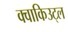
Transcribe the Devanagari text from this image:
क्वाकिउट्ल